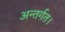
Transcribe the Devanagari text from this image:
अन्तर्गत।